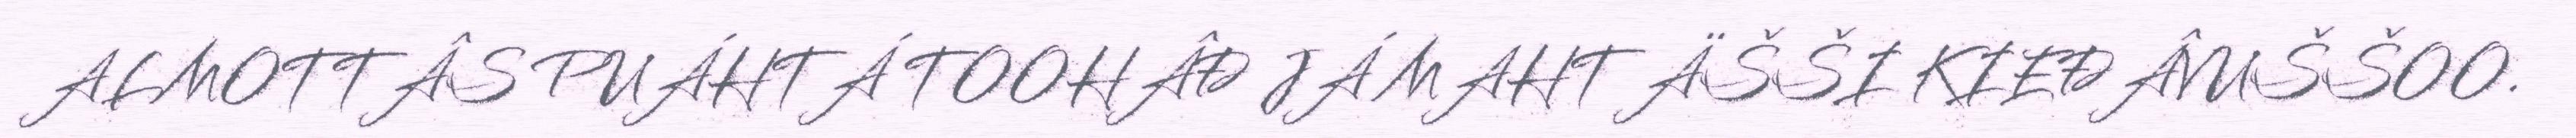
ALMOTTÂS PUÁHTÁ TOOHÂĐ JÁ MAHT ÄŠŠI KIEĐÂVUŠŠOO.